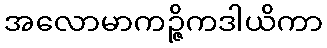
အလောမာကဉ္ဇိကဒါယိကာ